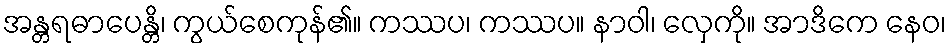
အန္တရဓာပေန္တိ၊ ကွယ်စေကုန်၏။ ကဿပ၊ ကဿပ။ နာဝါ၊ လှေကို။ အာဒိကေ နေဝ၊